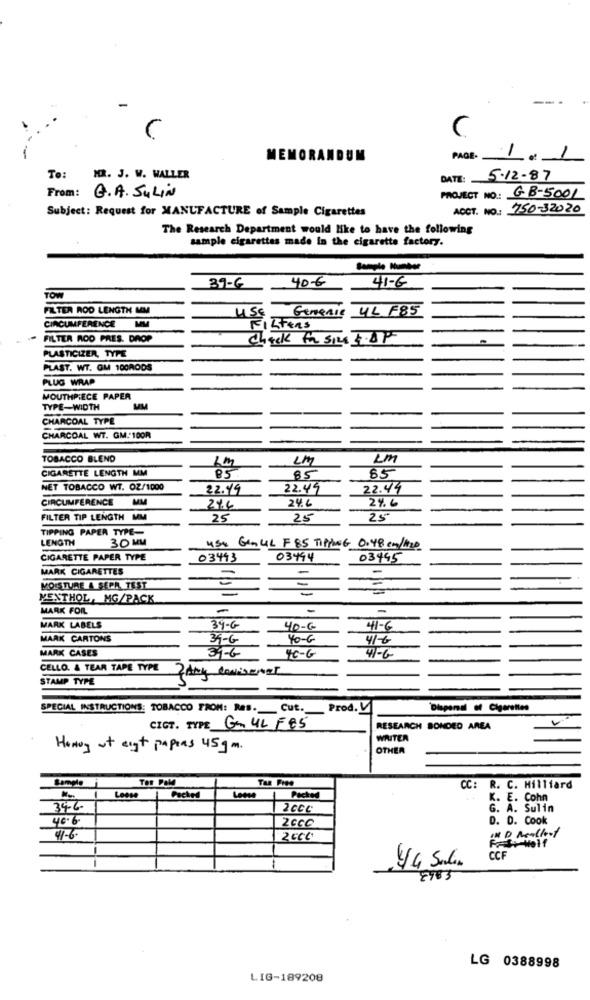
C
-
MEMORANDUM
PAGE.
To:
M. J. W. WALLER
DATE: 5.12.87
From: Q.A. SULIN
PROJECT NO .: GB-5001
Subject: Request for MANUFACTURE of Sample Cigarettes
ACCT. NO .: 750-32020
The Research Department would like to have the following
sample cigarettes made In the cigarette factory.
40€
41-6
39-6
TOW
FILTER ROD LENGTH MM
4L F85
USE Genenie
CIRCUMFERENCE MM
FILtens
-
FILTER ROD PRES. DROP
check to Shop
PLASTICIZER, TYPE
PLAST. WT. GM 100RODS
PLUG WRAP
MOUTHPIECE PAPER
TYPE-WIDTH
MM
CHARCOAL TYPE
CHARCOAL WT. GM.100A
TOBACCO BLEND
1M
UM
LM
CIGARETTE LENGTH MM
85
85
85
NET TOBACCO WT. 02/1000
22.49
22.49
22.44
CIRCUMFERENCE
MM
24.6
24.6
27.4
FILTER TIP LENGTH MM
25
25
25
TIPPING PAPER TYPE-
LENGTH
30 MM
450 GGUL F 85 TIPPING 0.48 cm/120
CIGARETTE PAPER TYPE
03493
03494
03445
MARK CIGARETTES
-
-
MOISTURE & SEPR TEST
-
MENTHOL, MG/PACK
MARK FOIL
-
MARK LABELS
39-G
40-G
41-6
MARK CARTONS
39-G
40-G
41-6
MARK CASES
34-6
FC-G
41-6
CELLO. A TEAR TAPE TYPE
Any Coniserer
STAMP TYPE
SPECIAL INSTRUCTIONS: TOBACCO FROM: Res ._ Cut. _ Prod.
"Dieperal of Cigarettes
CIGT. TYPE G. 4L FES
RESEARCH BONDED AREA
WRITER
Howog at eigt papeas 45gm.
OTHER
CC: R. C. Hilliard
Packed
Packed
K. E. Cohn
34-6-
2006
G. A. Sulin
40.6
D. D. Cook
2CCC
41-6-
CCF
--
LG 0388998
LIG-189208